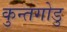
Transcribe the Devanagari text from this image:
कुन्तगोडु